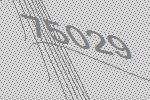
75029